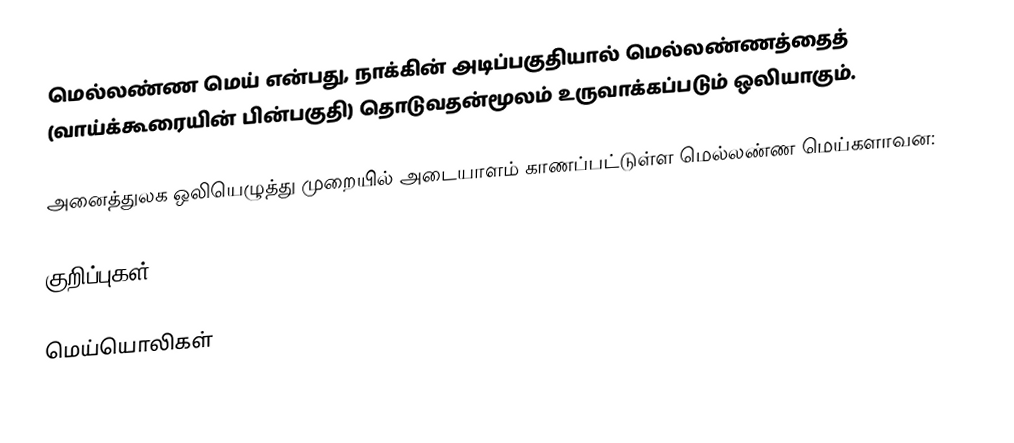
மெல்லண்ண மெய் என்பது, நாக்கின் அடிப்பகுதியால் மெல்லண்ணத்தைத் (வாய்க்கூரையின் பின்பகுதி) தொடுவதன்மூலம் உருவாக்கப்படும் ஒலியாகும்.

அனைத்துலக ஒலியெழுத்து முறையில் அடையாளம் காணப்பட்டுள்ள மெல்லண்ண மெய்களாவன:

குறிப்புகள்

மெய்யொலிகள்